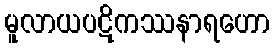
မူလာယပဋိကဿနာရဟော